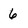
Character: 6